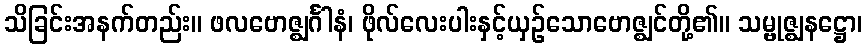
သိခြင်းအနက်တည်း။ ဖလဗောဇ္ဈင်္ဂါနံ၊ ဖိုလ်လေးပါးနှင့်ယှဉ်သောဗောဇ္ဈင်တို့၏။ သမ္ဗုဇ္ဈနဋ္ဌော၊